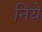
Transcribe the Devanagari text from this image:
निये